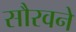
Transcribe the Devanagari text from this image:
सौरवने